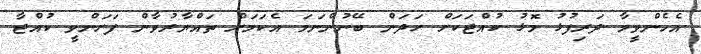
އެހެންވީމާ ދަރިފުޅު މޮޅު ކުއްޖަކަށް ހަދަން ބޭނުންނަމަ އެކަމަށް ތައްޔާރުވާން ފަށަންވީ ކުއްޖާ